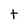
Character: t